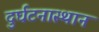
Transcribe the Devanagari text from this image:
दुर्घटनास्थान